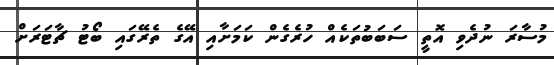
މުސާރަ ނުދެވި އޮތީ ސަބަބުތަކެއް ހުރެގެން ކަމަށާއި އޭގެ ތެރޭގައި ބޯޓު ޗާޓަރަށް